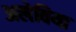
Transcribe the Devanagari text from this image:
अलेविया